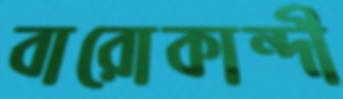
বারোকান্দী